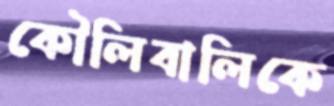
কৌলিবালিকে